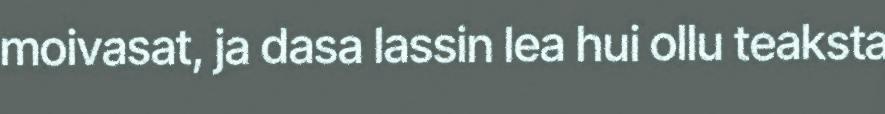
moivasat, ja dasa lassin lea hui ollu teaksta